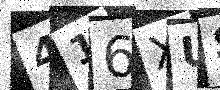
Text: 416XUS